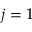
j = 1